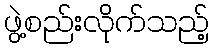
ဖွဲ့စည်းလိုက်သည့်